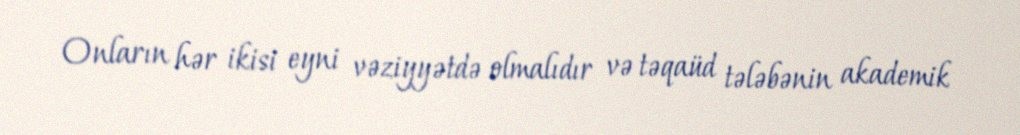
Onların hər ikisi eyni vəziyyətdə olmalıdır və təqaüd tələbənin akademik